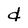
Character: d